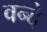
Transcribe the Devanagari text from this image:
वन्‍दे